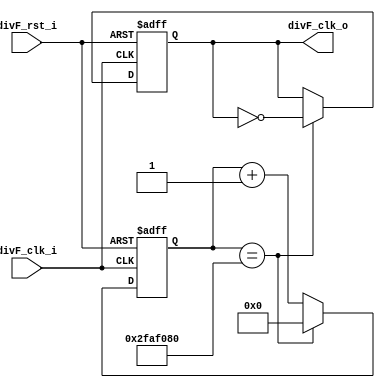
/*
	Grupo:			5CV3
	Proyecto:   	monociclo_FPGA
	Archivo:			divFreq.v
	Equipo:			Equipo 3
	Integrantes:	Abraham Roman Ramrez
						Andrade Jimnez Jonathan 
						Brenda Vergara Martnez
						Kaleb Yael De La Rosa Gutirrez
						Osmar Alejandro Garcia Jimnez
	Descripcion:	Esta es el divisor de frecuenca para que el PC 
						tenga un reloj de entrada de 1 segundo
						
*/
module divFreq (

	input				divF_clk_i,
	input				divF_rst_i,
	output	reg	divF_clk_o

);

//definicion de seales
//	wire 				rst_ni;]
	reg 				[31:0] divF_cuenta;
//monociclo

	always@(posedge divF_clk_i,negedge divF_rst_i)
	begin
		if(!divF_rst_i)
		begin
			divF_clk_o<= 1'b1; 	//Output encendido 
         divF_cuenta<=32'b0; //Reinicia el contador
		end 
		else
		begin
			if(divF_cuenta==32'd50_000_000)
			begin
				divF_cuenta<=32'b0;
            divF_clk_o<=~divF_clk_o; // Alternar el reloj de salida cuando el conteo llegue a 50 M
			end
			else
			begin
				divF_cuenta <= divF_cuenta+1'b1; //Incrementa
			end
		end

	end

endmodule